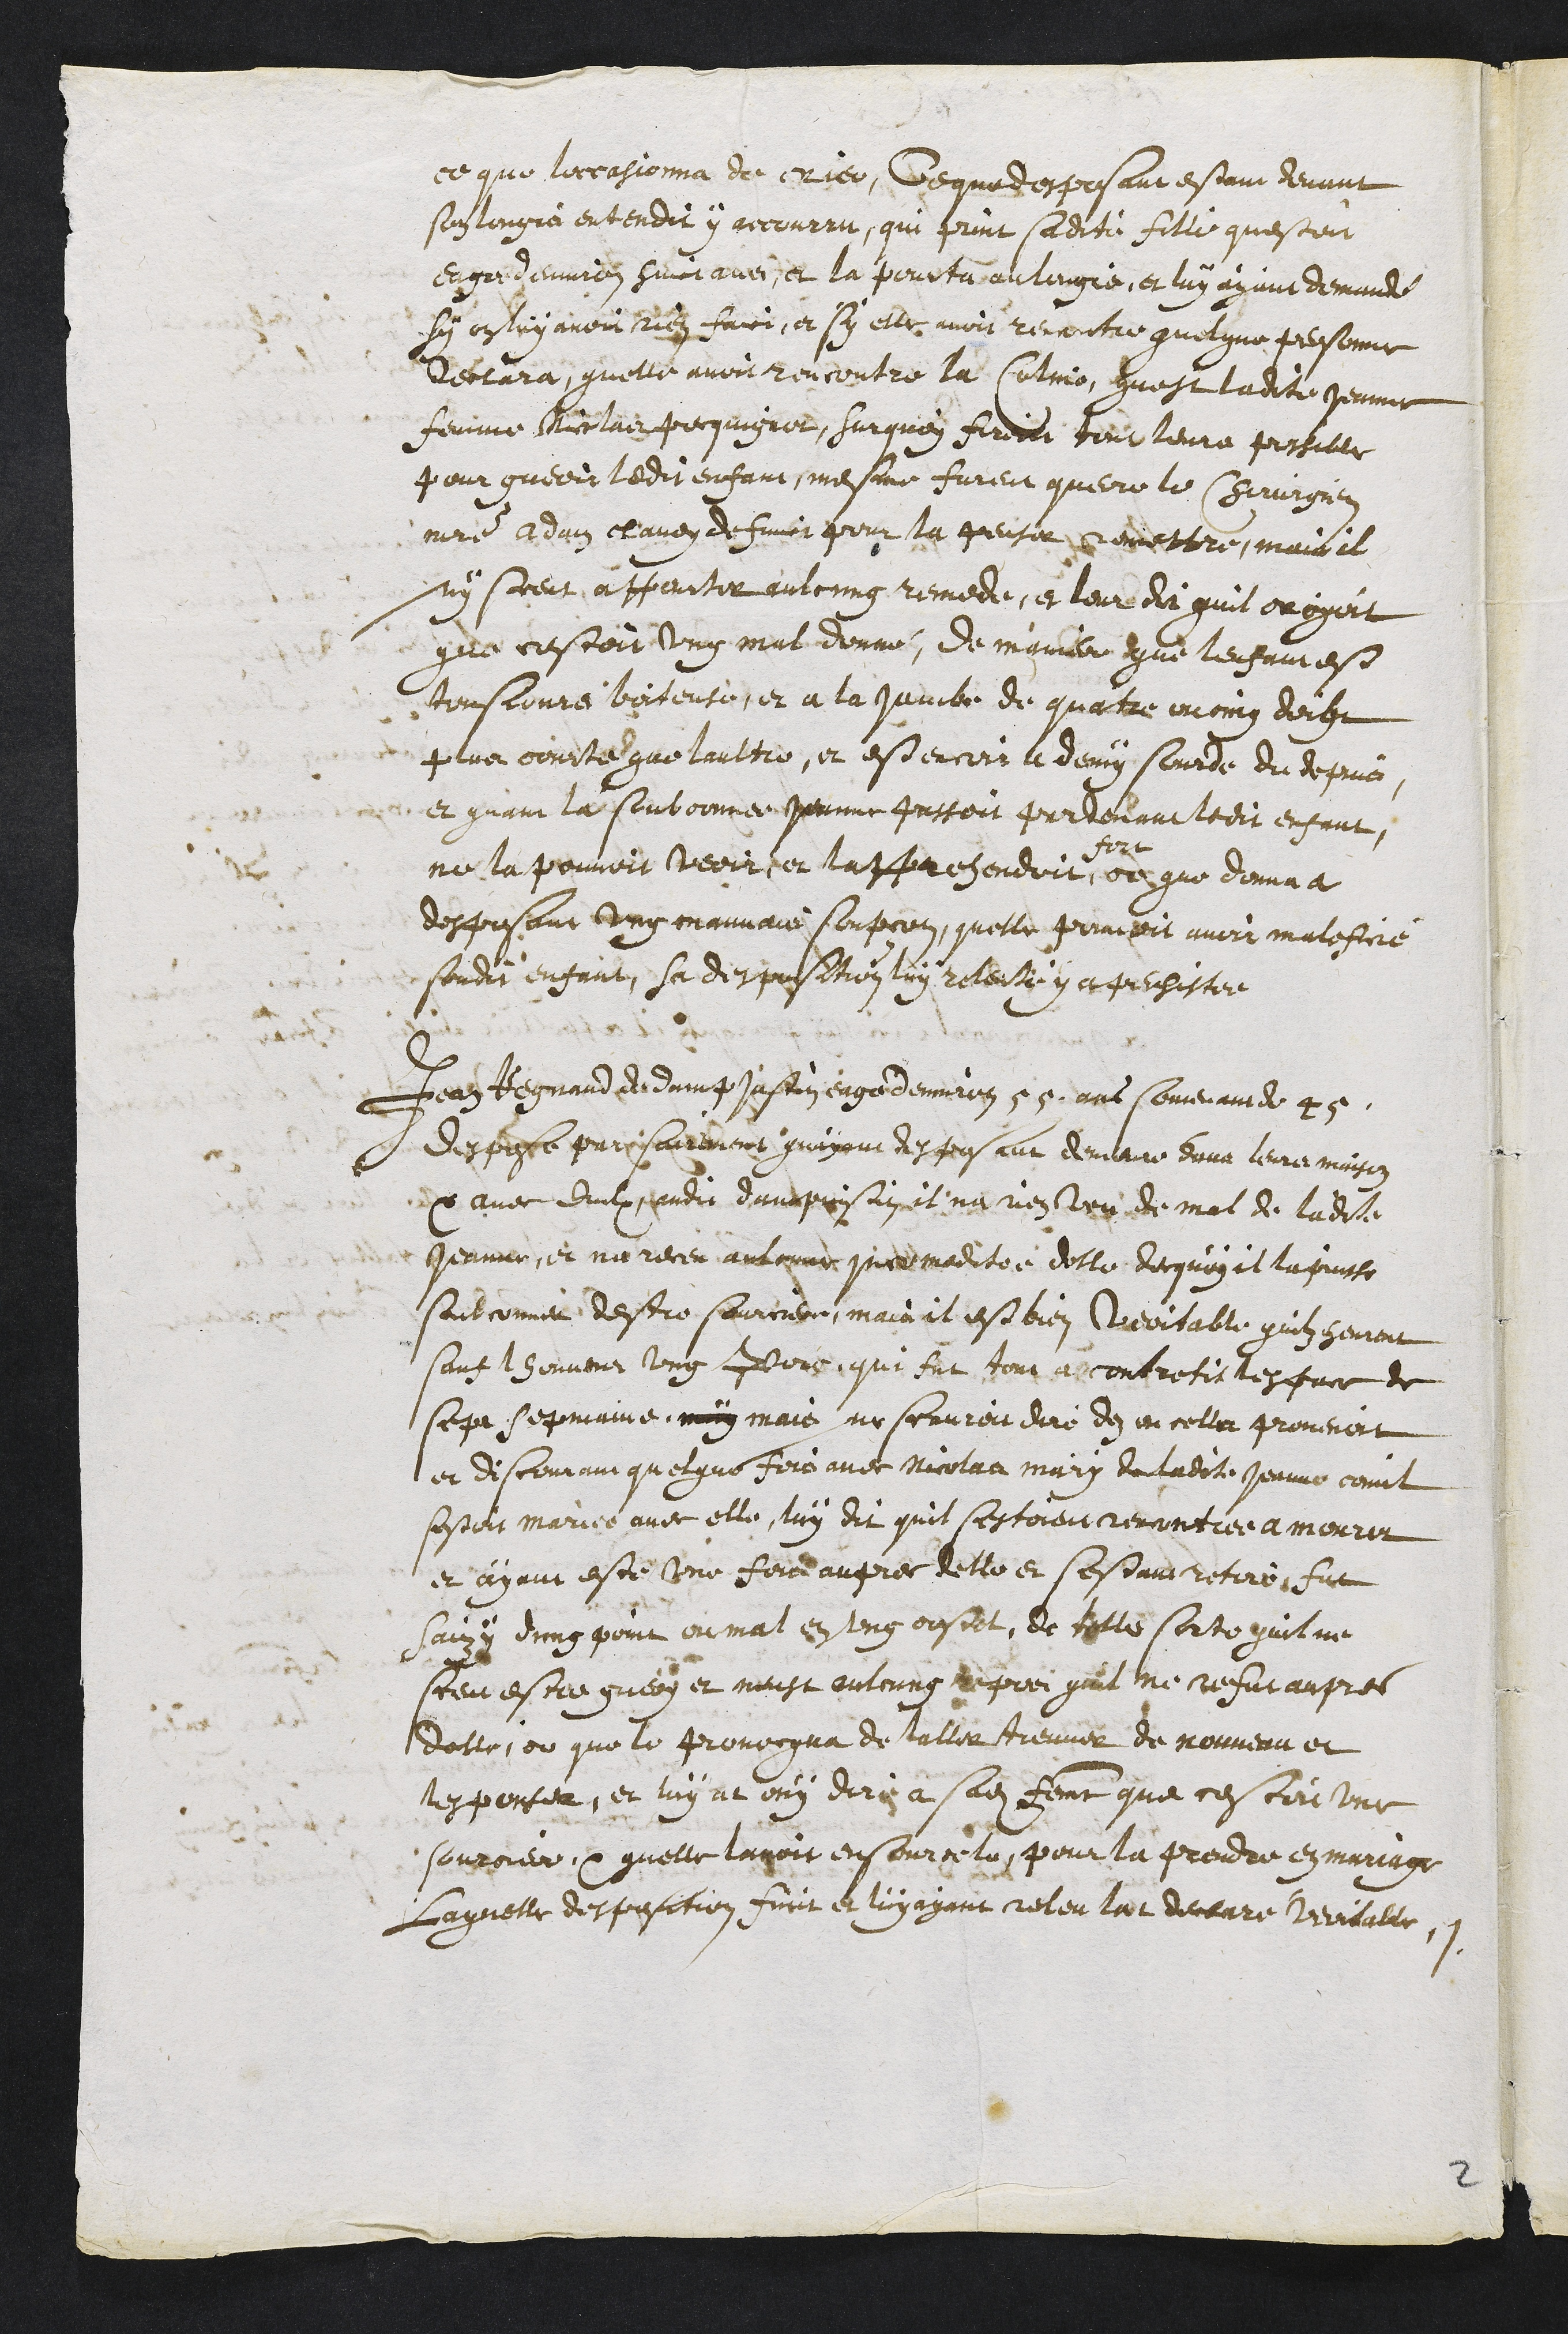
ce que lercasionna de nier, Geque desposant estant devant
soulingna entendit y gecourau, que print saditi fille questoit
engr denvién heuc avec, et la peurta auiliigné, et luy ayant demande
si an ltry avoin sudit faice, et sy elle avoit renontre quelque pesonne
Dectara, quelle avoit rencontre la solmo, quest ladite Hennne
femme Morlai pequignot, Surquoy firdoit bout leure portille
pour guerir ledit enfant mesme furent querre le Chiruirge
mitre Adam clanéz de fat pour la genser demmettre maisil
ny sceut à paritir aulcung remedi, et leur dit quil oroygent
qere cestoit ung mal donne, de inquier que lergemest
tousconre boitenté, et a la jambe de quatre acoing derb
plus conrtré que l’aultre, et estencors l demy sourde du depruis
et guani la soubconnee perme passoit prrtevant ledit enfant,
ne la pouvoit veoir eu lapprehendoit
fort
de que donna a
desposant ung manvais soupcon, quelle prmisoit avoir malefse
sondit enfant sa despusation luy relente y a pechistee
Jeaz tegme diedomnt soestn eux demin 55 ans someme e
desposte pari sairement guapout desjouscar demlair dovr leur maisoe
p avec duulx gerdit danappi siin, it na ren veu de mal de ladite
Jeanno, et me recer aulcues priedmaditée desle diecquoy el lapuse
soubconner destre saurcner mairit est bien Nreortable quilz henoit
sont houvent ung pors, quie sut tour ascontretis lesfrce de
seur sepmaine, moy mais ne scaurent dire de en cella promenoit
et discomat quelque fers avec Micolan mary de ladite Perine comt
sestoit maries avec elle suy dit quil s’estoient renantier a merrir
et ayant este une fere aupres dette et sestant retiron fut
saix y ding pomt ou mal en ung oustet, de telle sorte guil ne
sceu esta gueoy et meust outcuns Reprez guil ue nefut aupres
dolle, ou que le provocqua de tallier treuver de noumenu et
lesponter, et luy at ony diri a sadite feut que cesceiitne
souroier por quelle lavoit ensourcelu, pour la prendre esmanage
laguette des posction fuit et luyayant celer lat deceure Veritailte.,